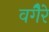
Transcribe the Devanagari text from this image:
वगैेरे